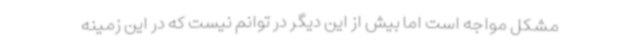
مشکل مواجه است اما بیش از این دیگر در توانم نیست که در این زمینه